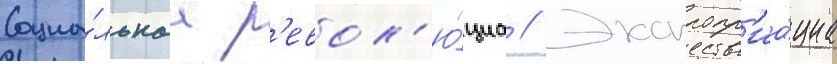
Социа́льнаа р'евол'ю́циа // Экспропр'иа́циа